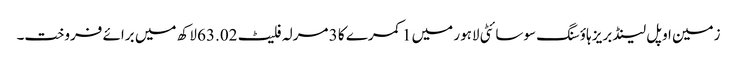
زمین اوپل لینڈ بریز ہاؤسنگ سوسائٹی لاہور میں 1 کمرے کا 3 مرلہ فلیٹ 63.02 لاکھ میں برائے فروخت۔